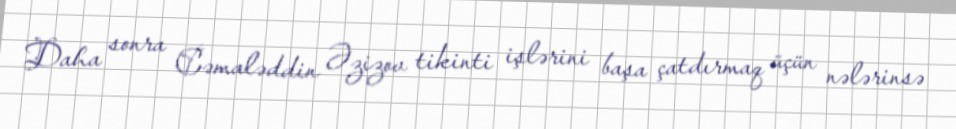
Daha sonra Cəmaləddin Əzizov tikinti işlərini başa çatdırmaq üçün nələrinsə